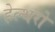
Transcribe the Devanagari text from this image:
हेल्थरो